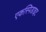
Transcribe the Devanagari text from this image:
एकस्पिडाइट